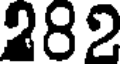
282